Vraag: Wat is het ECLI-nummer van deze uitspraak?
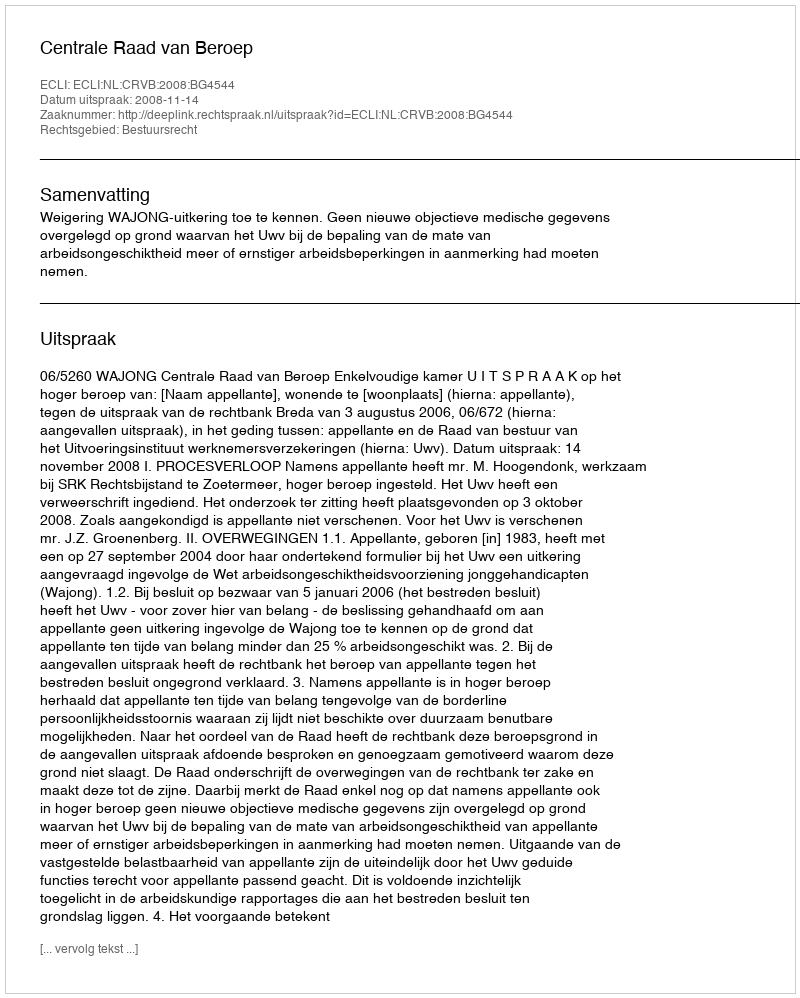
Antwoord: ECLI:NL:CRVB:2008:BG4544